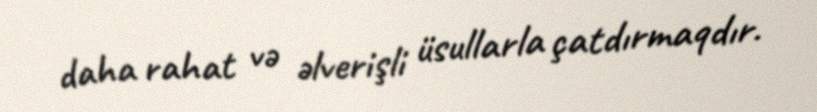
daha rahat və əlverişli üsullarla çatdırmaqdır.